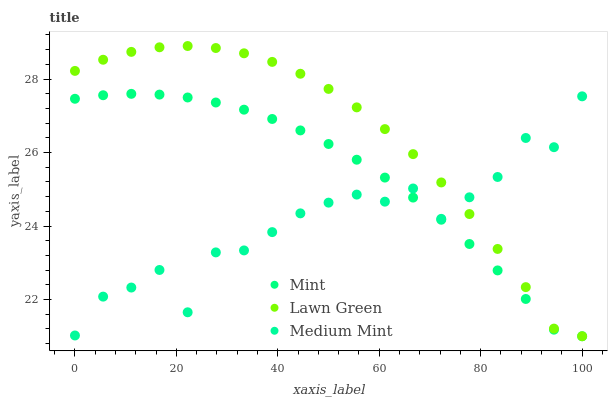
| xaxis_label | Mint | Lawn Green | Medium Mint |
 | --- | --- | --- | --- |
 | 0 | 27.5 | 28.2 | 21 |
 | 5.56 | 27.6 | 28.5 | 22.1 |
 | 11.1 | 27.6 | 28.7 | 22.3 |
 | 16.7 | 27.6 | 28.9 | 22.8 |
 | 22.2 | 27.5 | 28.9 | 21.7 |
 | 27.8 | 27.4 | 28.8 | 23.3 |
 | 33.3 | 27.2 | 28.7 | 23.3 |
 | 38.9 | 26.9 | 28.5 | 23.8 |
 | 44.4 | 26.6 | 28.1 | 24.3 |
 | 50 | 26.2 | 27.7 | 24.6 |
 | 55.6 | 25.8 | 27.2 | 24.9 |
 | 61.1 | 25.3 | 26.6 | 24.7 |
 | 66.7 | 24.8 | 26 | 25 |
 | 72.2 | 24.2 | 25.2 | 24.2 |
 | 77.8 | 23.5 | 24.3 | 24.8 |
 | 83.3 | 22.8 | 23.4 | 25.3 |
 | 88.9 | 22 | 22.3 | 26.4 |
 | 94.4 | 21.2 | 21.2 | 26.1 |
 | 100 | 21 | 21 | 27.5 |